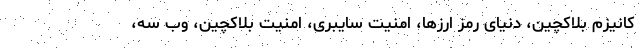
کانیزم بلاکچین، دنیای رمز ارزها، امنیت سایبری، امنیت بلاکچین، وب سه،